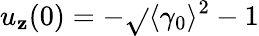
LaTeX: u_{\mathbf{z}}(0)=-\sqrt{}{{\langle\gamma_{0}\rangle^{2}-1}}